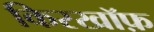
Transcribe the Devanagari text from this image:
किरखॉफ़